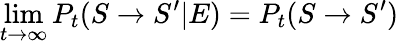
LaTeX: \operatorname*{lim}_{t\rightarrow\infty}P_{t}(S\rightarrow S^{\prime}|E)=P_{t}(S\rightarrow S^{\prime})